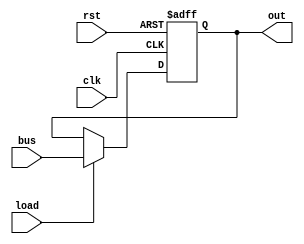
// This program was cloned from: https://github.com/namberino/vsap-1
// License: BSD 2-Clause "Simplified" License

// main register
module reg_a(
	input clk,
	input rst,
	input load,
	input[7:0] bus,

	output[7:0] out
);

	reg[7:0] reg_a;

	always @ (posedge clk, posedge rst)
	begin
		if (rst)
		begin
			reg_a <= 8'b0;
		end else if (load)
		begin
			reg_a <= bus;
		end
	end

	assign out = reg_a;

endmodule